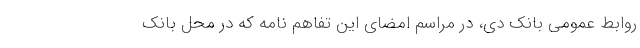
روابط عمومی بانک دی، در مراسم امضای این تفاهم نامه که در محل بانک